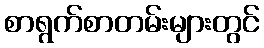
စာရွက်စာတမ်းများတွင်